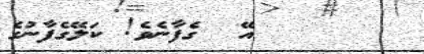
١٧      އޭ  ގެފާނެވެ! ކަލޭގެފާނުގެ